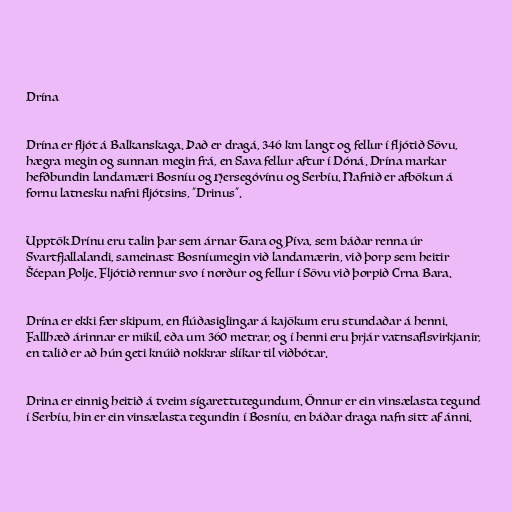
Drína

Drína er fljót á Balkanskaga. Það er dragá, 346 km langt og fellur í fljótið Sövu,
hægra megin og sunnan megin frá, en Sava fellur aftur í Dóná. Drína markar
hefðbundin landamæri Bosníu og Hersegóvínu og Serbíu. Nafnið er afbökun á
fornu latnesku nafni fljótsins, "Drinus".

Upptök Drínu eru talin þar sem árnar Tara og Píva, sem báðar renna úr
Svartfjallalandi, sameinast Bosníumegin við landamærin, við þorp sem heitir
Šćepan Polje. Fljótið rennur svo í norður og fellur í Sövu við þorpið Crna Bara.

Drína er ekki fær skipum, en flúðasiglingar á kajökum eru stundaðar á henni.
Fallhæð árinnar er mikil, eða um 360 metrar, og í henni eru þrjár vatnsaflsvirkjanir,
en talið er að hún geti knúið nokkrar slíkar til viðbótar.

Drina er einnig heitið á tveim sígarettutegundum. Önnur er ein vinsælasta tegund
í Serbíu, hin er ein vinsælasta tegundin í Bosníu, en báðar draga nafn sitt af ánni.